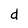
Character: d